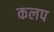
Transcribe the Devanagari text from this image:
कलप